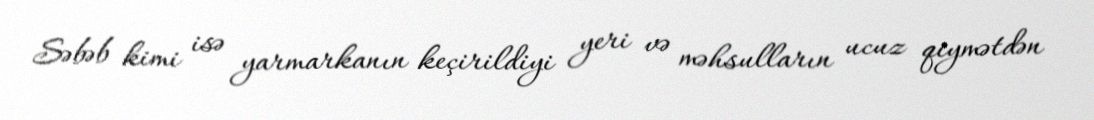
Səbəb kimi isə yarmarkanın keçirildiyi yeri və məhsulların ucuz qiymətdən